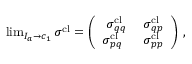
\begin{array} { r } { \operatorname* { l i m } _ { I _ { a } \to c _ { 1 } } \boldsymbol { \sigma } ^ { \mathrm { c l } } = \left( \begin{array} { c c } { \boldsymbol { \sigma } _ { q q } ^ { \mathrm { c l } } } & { \boldsymbol { \sigma } _ { q p } ^ { \mathrm { c l } } } \\ { \boldsymbol { \sigma } _ { p q } ^ { \mathrm { c l } } \; \; } & { \boldsymbol { \sigma } _ { p p } ^ { \mathrm { c l } } } \end{array} \right) \, , } \end{array}